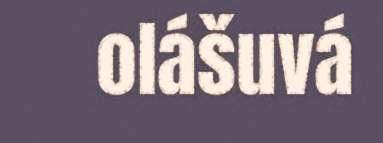
olášuvá